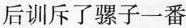
后训斥了骡子一番